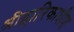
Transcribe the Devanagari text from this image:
श्रीद्वारिकाधीश